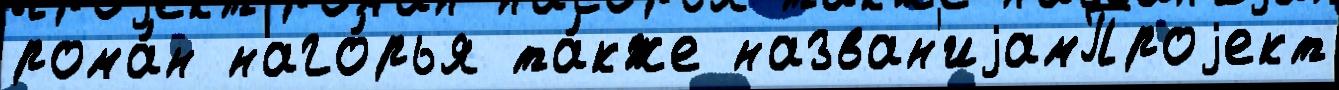
рома́н наго́рья та́кже назван'иjамПроjект